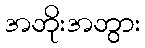
အဘိုးအဘွား